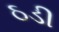
ઠડી